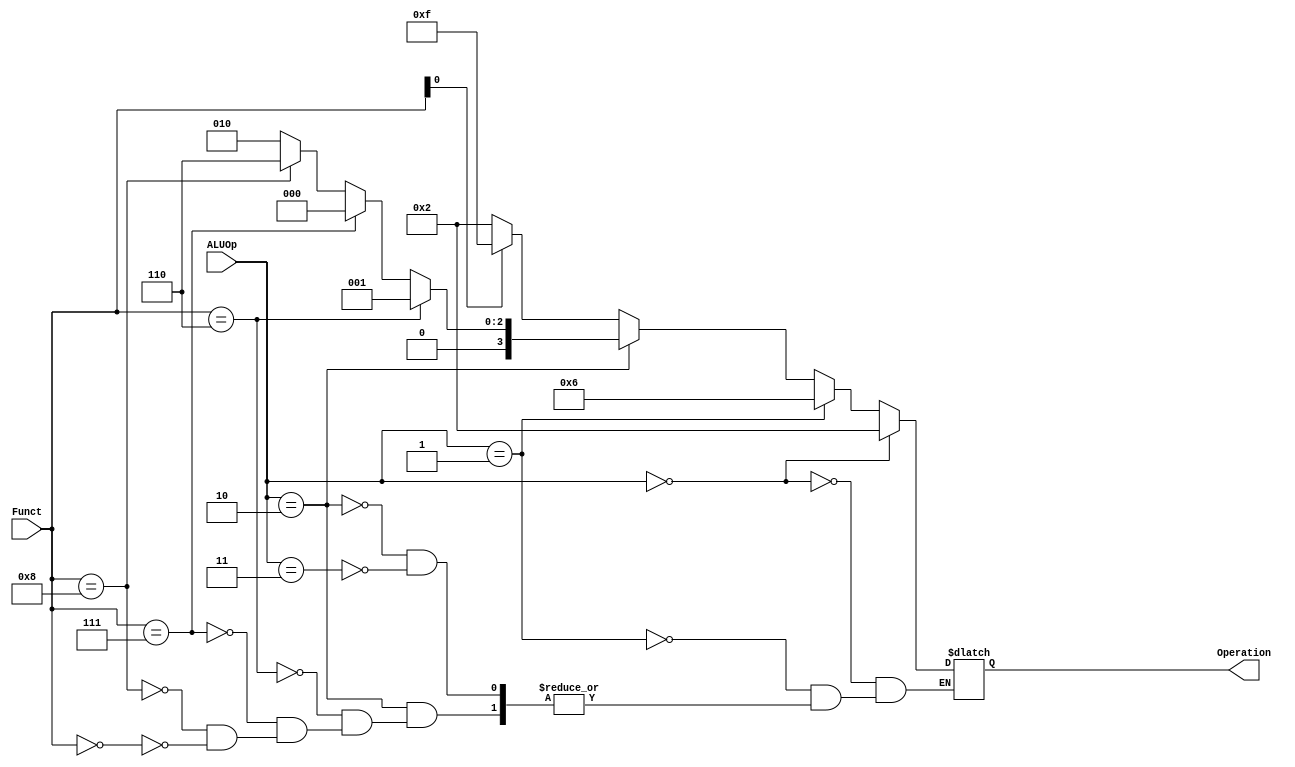
`timescale 1ns / 1ps

module ALU_Control(
    input [1:0] ALUOp,
    input [3:0] Funct,
    output reg [3:0] Operation
    );
    always @(*)
    begin
    if (ALUOp == 2'b00)
        Operation <= 4'b0010;    
    else if (ALUOp == 2'b01)
        Operation <= 4'b0110;
    else if (ALUOp == 2'b10)
        begin
            if (Funct == 4'b0000)
                Operation <= 4'b0010;
            if (Funct == 4'b1000)
                Operation <= 4'b0110;
            if (Funct == 4'b0111)
                Operation <= 4'b0000;
            if (Funct == 4'b0110)
                Operation <= 4'b0001;
        end
    else if (ALUOp == 2'b11)
        begin
            if (Funct[0] == 1'b0) // addi
                Operation <= 4'b0010;
            else
                Operation <= 4'b1111; // slli
        end
    end
endmodule